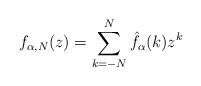
LaTeX: \begin{align*}f_{\alpha,N}(z) = \sum_{k = -N}^{N}\hat{f}_{\alpha}(k)z^k\end{align*}